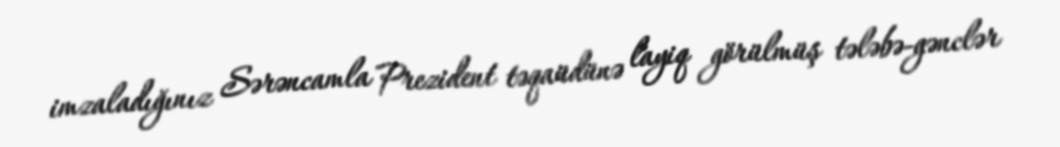
imzaladığınız Sərəncamla Prezident təqaüdünə layiq görülmüş tələbə-gənclər